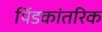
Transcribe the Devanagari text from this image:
पिंडकांतरिक